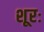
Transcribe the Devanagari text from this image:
शूरः